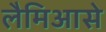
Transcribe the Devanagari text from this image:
लैमिआसे